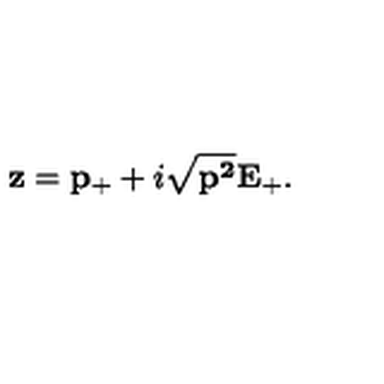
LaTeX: { \bf z } = { \bf p } _ { + } + i \sqrt { { \bf p ^ { 2 } } } { \bf E } _ { + } .